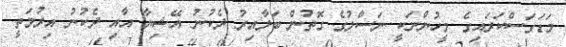
މަޑަގަސްކަރައިގެ މީހުންނަކީ ނަސްލުގެ ގޮތުން ބަލާއިރު ދެކުނު އޭޝިޔާ އާއި ދެކުނު އިރުމަތީ